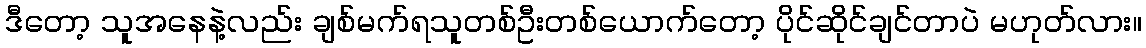
ဒီတော့ သူအနေနဲ့လည်း ချစ်မက်ရသူတစ်ဦးတစ်ယောက်တော့ ပိုင်ဆိုင်ချင်တာပဲ မဟုတ်လား။